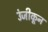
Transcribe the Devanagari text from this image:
उंजीकून